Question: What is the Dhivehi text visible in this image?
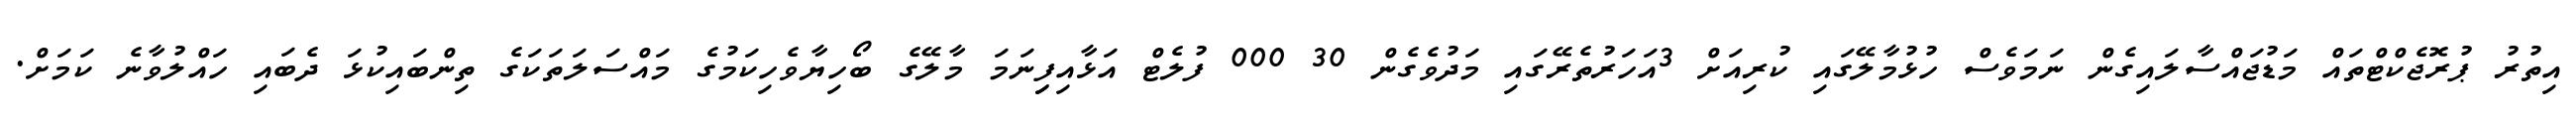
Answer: އިތުރު ޕުރޮޖެކްޓްތައް މަޑުޖައްސާލައިގެން ނަމަވެސް ހުޅުމާލޭގައި ކުރިއަށް 3އަހަރުތެރޭގައި މަދުވެގެން 30 000 ފުލެޓް އަޅާއިފިިނަމަ މާލޭގެ ބޯހިޔާވެހިކަމުގެ މައްސަލަތަކަގެ ތިންބައިކުޅަ ދެބައި ހައްލުވާނެ ކަމަށް.